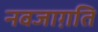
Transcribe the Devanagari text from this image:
नवजाग़ति